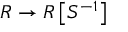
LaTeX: R \to R \left[ S ^ { - 1 } \right]